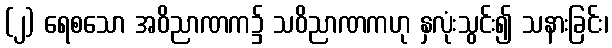
(၂) ရေစသော အဝိညာဏက၌ သဝိညာဏကဟု နှလုံးသွင်း၍ သနားခြင်း၊